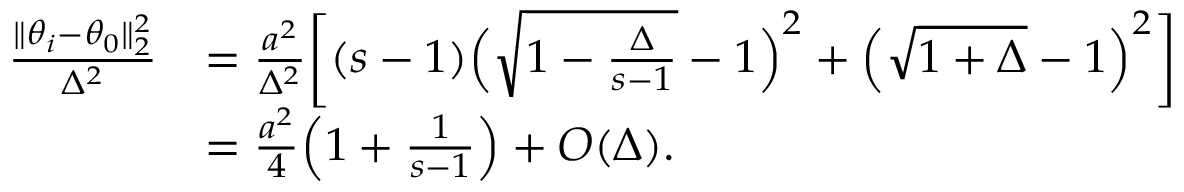
\begin{array} { r l } { \frac { \| \theta _ { i } - \theta _ { 0 } \| _ { 2 } ^ { 2 } } { \Delta ^ { 2 } } } & { = \frac { a ^ { 2 } } { \Delta ^ { 2 } } \bigg [ ( s - 1 ) \Big ( \sqrt { 1 - \frac { \Delta } { s - 1 } } - 1 \Big ) ^ { 2 } + \Big ( \sqrt { 1 + \Delta } - 1 \Big ) ^ { 2 } \bigg ] } \\ & { = \frac { a ^ { 2 } } { 4 } \Big ( 1 + \frac { 1 } { s - 1 } \Big ) + O ( \Delta ) . } \end{array}